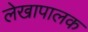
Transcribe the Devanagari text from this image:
लेखापालक